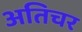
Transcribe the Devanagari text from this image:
अतिचर